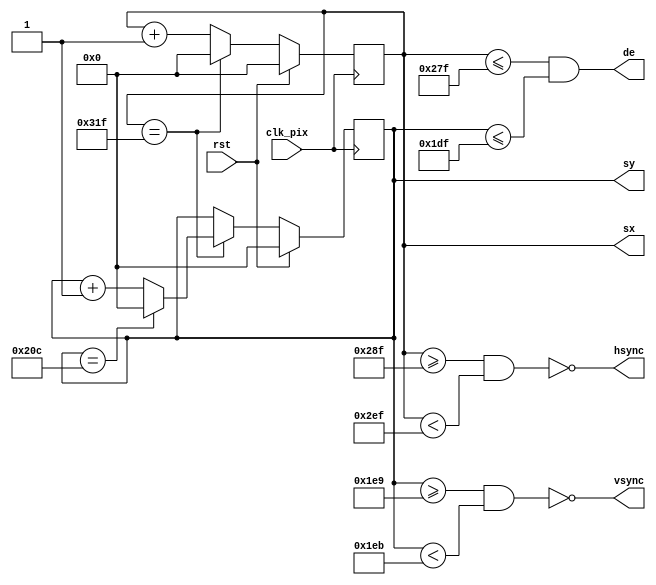
// Reference
// Project F: FPGA Graphics - Simple 1920x1080p60 Display
// (C)2021 Will Green, open source hardware released under the MIT License
// Learn more at https://projectf.io


// generate 25MHz clock from 100MHz clock on board
module simple_480p (clk_pix, rst, sx, sy, hsync, vsync, de);
    input  clk_pix;   // pixel clock
    input  rst;       // reset
    output [9:0] sx;  // horizontal screen position
    output [9:0] sy;  // vertical screen position
    output hsync;     // horizontal sync
    output vsync;     // vertical sync
    output de;         // data enable (low in blanking interval)

    reg [9:0] sx_cnt;
    reg [9:0] sy_cnt;

    // horizontal timings
    localparam HA_END = 639;           // end of active pixels
    localparam HS_STA = HA_END + 16;   // sync starts after front porch
    localparam HS_END = HS_STA + 96;   // sync ends
    localparam LINE   = 799;           // last pixel on line (after back porch)

    // vertical timings
    localparam VA_END = 479;           // end of active pixels
    localparam VS_STA = VA_END + 10;   // sync starts after front porch
    localparam VS_END = VS_STA + 2;    // sync ends
    localparam SCREEN = 524;           // last line on screen (after back porch)

    assign hsync = ~(sx >= HS_STA && sx < HS_END);  // invert: negative polarity
    assign vsync = ~(sy >= VS_STA && sy < VS_END);  // invert: negative polarity
    assign de = (sx <= HA_END && sy <= VA_END);

    // calculate horizontal and vertical screen position
    always @(posedge clk_pix) begin
        if(rst) begin
            sx_cnt <= 10'b0;
            sy_cnt <= 10'b0;
        end else begin
            if (sx_cnt == LINE) begin  // last pixel on line?
                sx_cnt <= 10'b0;
                sy_cnt <= (sy_cnt == SCREEN) ? 10'b0 : sy_cnt + 1'b1;  // last line on screen?
            end else begin
                sx_cnt <= sx_cnt + 1'b1;
            end
        end
    end

    assign sx=sx_cnt;
    assign sy=sy_cnt;
endmodule